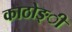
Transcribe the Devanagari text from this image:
काठोङ्ी